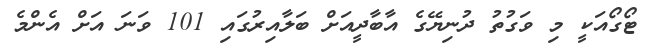
ޓޯގޯއަކީ މި ވަގުތު ދުނިޔޭގެ އާބާދީއަށް ބަލާއިރުގައި 101 ވަނަ އަށް އެންމެ